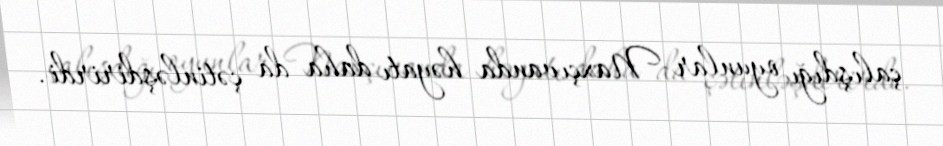
çalışdığı oyunlar Naxçıvanda həyatı daha da çətinləşdirirdi.